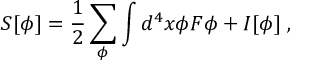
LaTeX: S [ \phi ] = \frac { 1 } { 2 } \sum _ { \phi } \int d ^ { 4 } x \phi { \cal F } \phi + I [ \phi ] \; ,